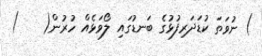
) ނުވަތަ ކުޑަދަރިފުޅުގެ ބަނޑުގައި ލޯވަޅެއް ހުރުން(    )